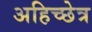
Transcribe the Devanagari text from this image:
अहिच्छेत्र